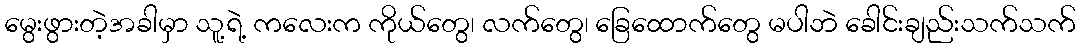
မွေးဖွားတဲ့အခါမှာ သူ့ရဲ့ ကလေးက ကိုယ်တွေ၊ လက်တွေ၊ ခြေထောက်တွေ မပါဘဲ ခေါင်းချည်းသက်သက်